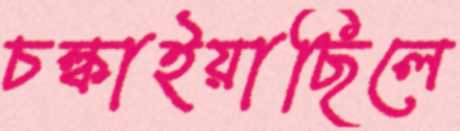
চল্‌কাইয়াছিলে